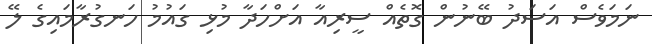
ނަމަވެސް އަސަދު ބޭނުން ގޮތެއް ސީރިއާ އަށްހަދާ މުޅި ގައުމު ހަނގުރާމައިގެ ލޭ